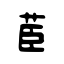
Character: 茞